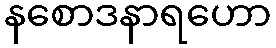
နစောဒနာရဟော